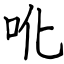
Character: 吪